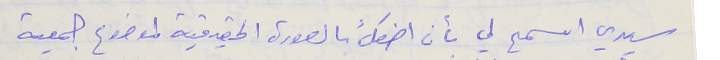
سيدي اسمح لي بأن اضعك بالصورة الحقيقية لموضوع جمعية